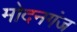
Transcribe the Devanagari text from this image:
मोदनगंज